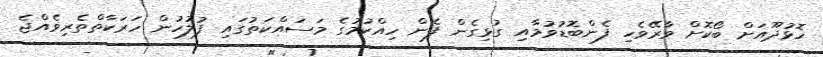
ހޮޅުދޫއަށް ބޯކޮށް ވާރޭވެހި ފެންބޮޑުވުމާއި ގުޅިގެން ފެން ހިއްކުމުގެ މަސައްކަތުގައި ފުލުހުން ހަރަކާތްތެރިވެއްޖެ